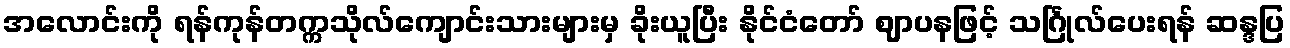
အလောင်းကို ရန်ကုန်တက္ကသိုလ်ကျောင်းသားများမှ ခိုးယူပြီး နိုင်ငံတော် ဈာပနဖြင့် သင်္ဂြုလ်ပေးရန် ဆန္ဒပြ